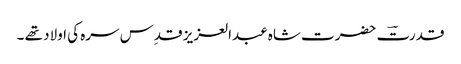
قدرتؔ حضرت شاہ عبدالعزیز قدِس سرہ کی اولاد تھے ۔